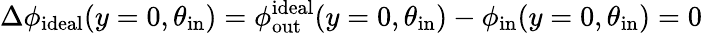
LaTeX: \Delta\phi_{\mathrm{ideal}}(y=0,\theta_{\mathrm{in}})=\phi_{\mathrm{out}}^{\mathrm{ideal}}(y=0,\theta_{\mathrm{in}})-\phi_{\mathrm{in}}(y=0,\theta_{\mathrm{in}})=0